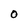
Character: O